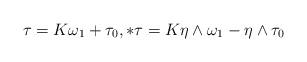
LaTeX: \begin{align*}\tau = K\omega_1 + \tau_0, \ast\tau = K\eta\wedge\omega_1 - \eta\wedge\tau_0\end{align*}